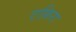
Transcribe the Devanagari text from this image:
एफ़िरा